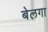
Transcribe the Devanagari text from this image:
बेलगा